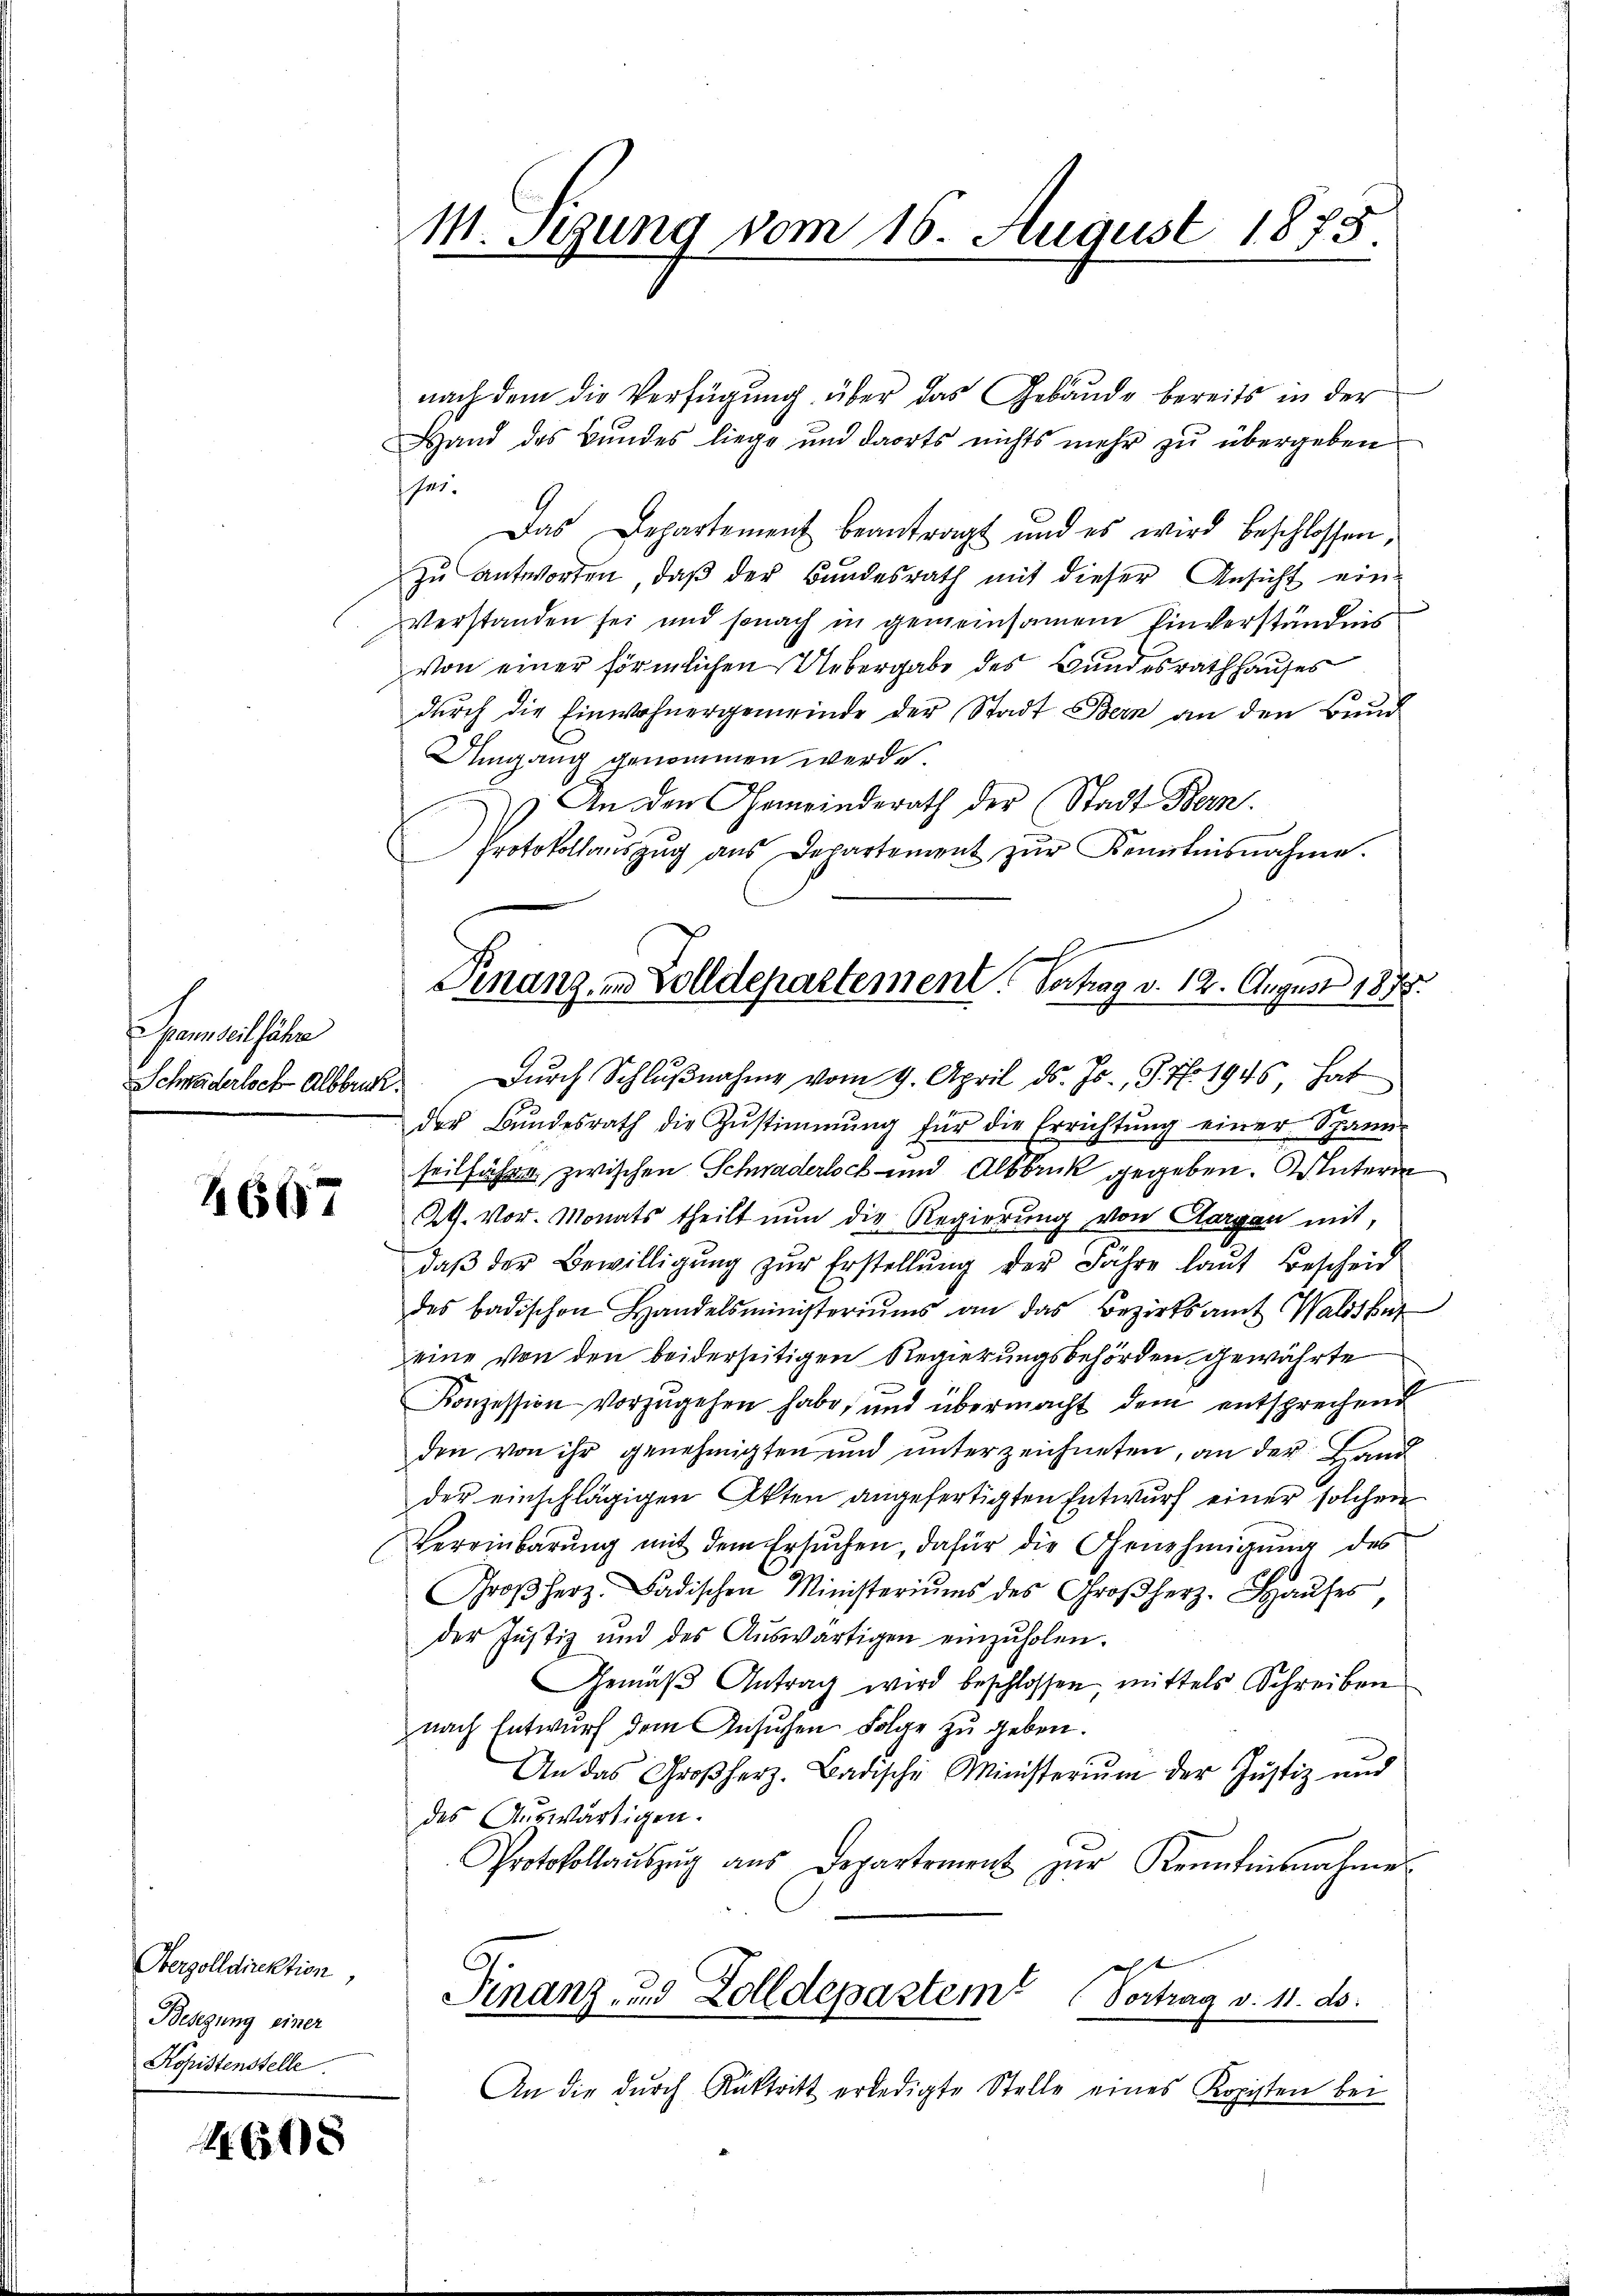
Spannseil fähre
Schwäderloch-Albbruck.

4667

Oberzolldirektion,
Belegung einer
Kopistenstelle

460

M. stung vom 16. August 1875.

nach dem die Verfügung über das Gebäude bereits in der
Hand des Bundes liege und darts nichts mehr zu übergeben
sei.
Das Departement beantragt und es wird beschlossen,
zu antworten, daß der Bundesrath mit dieser Ansicht ein-
verstanden sei und sonach in gemeinsamen Einverständnis
Von einer förmlichen Uebergabe des Bundesrath hauses
dŭrch die Einwohnergemeinde der Stadt Bern an den Bŭnd
Umgang genommen werde.
: An den Gemeinderath der Stadt Bern.
protokollaŭszŭg aŭs Departement zŭr Kenntnisnahme.
der Bŭndesrath die Zŭstimmung für die Errichtŭng einer Spanier
seilfahre zwischen Schwaderlock und Altbruck gegeben. Unteren
24. vor. Monats theilt nun die Regierung von Aargau mit,
daβ der Bewilligŭng zŭr Erstellŭng der Fähre laŭt Bescheid
des badischen Handelsministeriŭms an das Bezirksamt Waldshut
eine von den beiderseitigen Regierungsbehörden gewährte
Konzession vorzugehen habe, und übermacht dem entsprechend
den von ihr genehmigten und unterzeichneten, an der Land
der einschlägigen Akten angefertigten Entwurf einer solchen
Vereinbarŭng mit dem Ersuchen, dafür die Genehmigung des
Groβ herz. Badischen Ministeriums des Großherz. Haŭses
der Justiz und des Aŭswärtigen einzŭholen.
Gemäβ Antrag wird beschlossen, mittels Schreiben
nach Entwurf dem Ansuchen Folge zu geben.
An das Großherz. Badische Ministerium der Justiz und
des Auswärtigen.
Protokollaŭszŭg aŭs Departement zŭr Kenntnisnahme
Finanz- und Zolldepartem Vortrag v. 11. ds.
An die dŭrch Rücktritt erledigte Stelle eines Kopisten bei

Finanz in Volldepartement Vertrag v. 12. August 1878.
Dŭrch Schlŭβnahme vom 9. April d. Js., 57. 1945 hat